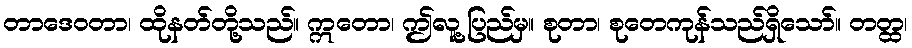
တာဒေဝတာ၊ ထိုနတ်တို့သည်။ ဣတော၊ ဤလူ့ပြည်မှ။ စုတာ၊ စုတေကုန်သည်ရှိသော်။ တတ္ထ၊